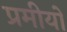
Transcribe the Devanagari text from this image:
प्रमीयो